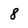
Character: 8